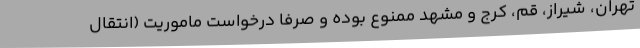
تهران، شیراز، قم، کرج و مشهد ممنوع بوده و صرفا درخواست ماموریت (انتقال